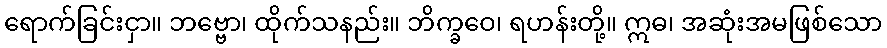
ရောက်ခြင်းငှာ။ ဘဗ္ဗော၊ ထိုက်သနည်း။ ဘိက္ခဝေ၊ ရဟန်းတို့။ ဣဓ၊ အဆုံးအမဖြစ်သော